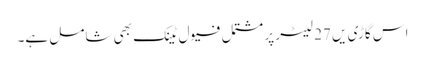
اس گاڑی یں 27 لیٹر پر مشتمل فیول ٹینک بھی شامل ہے۔